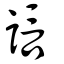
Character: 誩